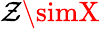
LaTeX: \mathcal{Z}\simX